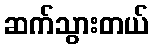
ဆက်သွားတယ်